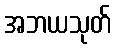
အဘယသုတ်